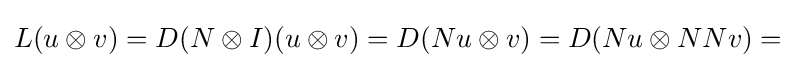
L(u\otimes v)=D(N\otimes I)(u\otimes v)=D(Nu\otimes v)=D(Nu\otimes NNv)=